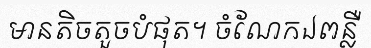
មានតិចតួចបំផុត។ ចំណែកឯពន្លឺ